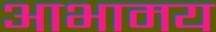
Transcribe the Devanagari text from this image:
आभामय